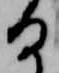
る